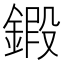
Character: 𨩷